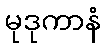
မုဒုကာနံ